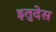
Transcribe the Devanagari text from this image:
इतुदेस